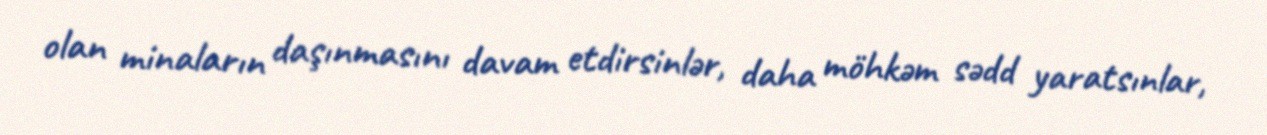
olan minaların daşınmasını davam etdirsinlər, daha möhkəm sədd yaratsınlar,